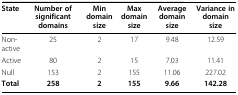
<table><thead><tr><td><b>State</b></td><td><b>Number of significant domains</b></td><td><b>Min domain size</b></td><td><b>Max domain size</b></td><td><b>Average domain size</b></td><td><b>Variance in domain size</b></td></tr></thead><tbody><tr><td>Non-active</td><td>25</td><td>2</td><td>17</td><td>9.48</td><td>12.59</td></tr><tr><td>Active</td><td>80</td><td>2</td><td>15</td><td>7.03</td><td>11.41</td></tr><tr><td>Null</td><td>153</td><td>2</td><td>155</td><td>11.06</td><td>227.02</td></tr><tr><td><b>Total</b></td><td><b>258</b></td><td><b>2</b></td><td><b>155</b></td><td><b>9.66</b></td><td><b>142.28</b></td></tr></tbody></table>